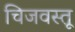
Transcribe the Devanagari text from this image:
चिजवस्तू